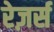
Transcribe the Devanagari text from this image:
रेज़र्स